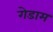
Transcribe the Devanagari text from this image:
गेडाम